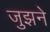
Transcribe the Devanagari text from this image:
जुझने